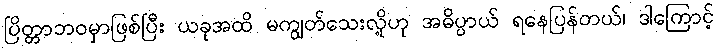
ပြိတ္တာဘဝမှာဖြစ်ပြီး ယခုအထိ မကျွတ်သေးလို့ဟု အဓိပ္ပာယ် ရနေပြန်တယ်၊ ဒါကြောင့်